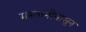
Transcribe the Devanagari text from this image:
मस्तानीपासून